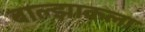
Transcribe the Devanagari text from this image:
बाल्झाकला